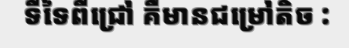
ទីទៃពីជ្រៅ គឺមានជម្រៅតិច :